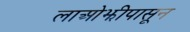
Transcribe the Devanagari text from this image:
लाओझीपासून